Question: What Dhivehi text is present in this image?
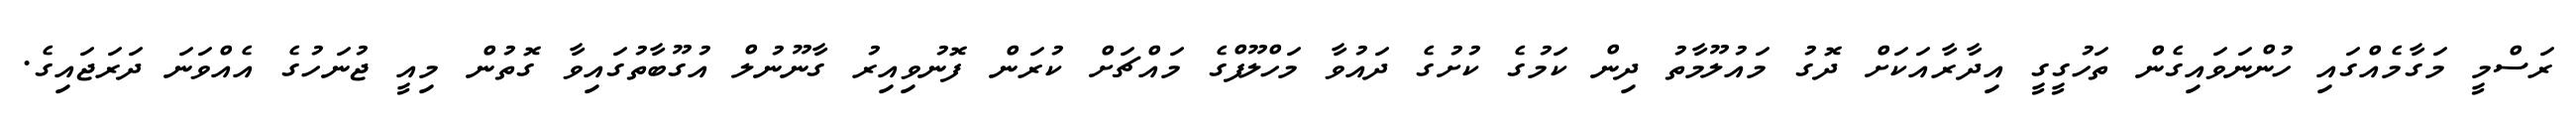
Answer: ރަސްމީ މަގާމެއްގައި ހުންނަވައިގެން ތަހުގީގީ އިދާރާއަކަށް ދޮގު މައުލޫމާތު ދިން ކަމުގެ ކުށުގެ ދައުވާ މަހްލޫފްގެ މައްޗަށް ކުރަން ފޮނުވިއިރު ގާނޫނުލް އުގޫބާތުގައިވާ ގޮތުން މިއީ ޖުނަހުގެ އެއްވަނަ ދަރަޖައިގެ.